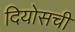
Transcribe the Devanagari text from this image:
दियोसची